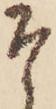
そ